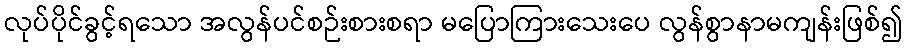
လုပ်ပိုင်ခွင့်ရသော အလွန်ပင်စဉ်းစားစရာ မပြောကြားသေးပေ လွန်စွာနာမကျန်းဖြစ်၍